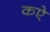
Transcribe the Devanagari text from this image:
कऐ